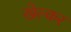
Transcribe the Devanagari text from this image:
खेल्कर